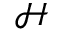
\mathcal { H }